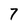
Character: 7